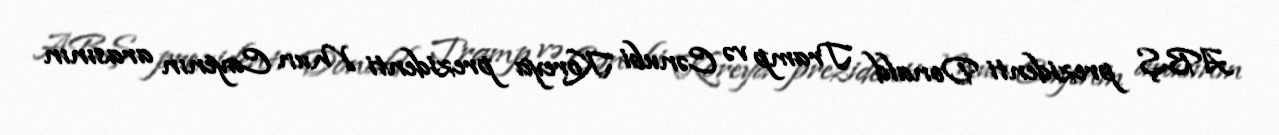
ABŞ prezidenti Donald Tramp və Cənubi Koreya prezidenti Mun Cayenın arasının